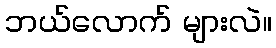
ဘယ်လောက် များလဲ။